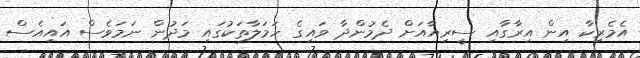
އެމެރިކާ އިން އިރާގާއި ސީރިއާއަށް ދެމުންދާ ވައިގެ ހަމަލާތަކުގައި މަދުން ނަމަވެސް އައިއެސް